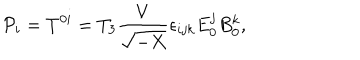
LaTeX: { \cal P } _ { i } = T ^ { 0 i } = T _ { 3 } \frac { V } { \sqrt { - X } } \epsilon _ { i j k } E _ { 0 } ^ { j } B _ { 0 } ^ { k } ,